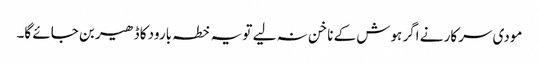
مودی سرکار نے اگر ہوش کے ناخن نہ لیے تو یہ خطہ بارود کا ڈھیر بن جائے گا۔